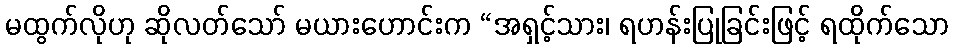
မထွက်လိုဟု ဆိုလတ်သော် မယားဟောင်းက “အရှင့်သား၊ ရဟန်းပြုခြင်းဖြင့် ရထိုက်သော